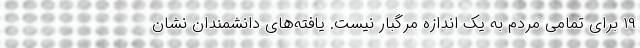
۱۹ برای تمامی مردم به یک اندازه مرگبار نیست. یافته‌های دانشمندان نشان